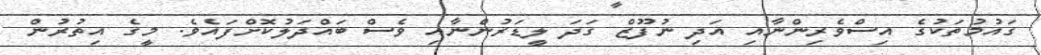
ގައުމުތަކުގެ އިސްވެރިންނާއި އަދި ނުފޫޒް ގަދަ ލީޑަރުންނާއި ވެސް ބައްދަލުކޮށްފައެވެ. މީގެ އިތުރުން